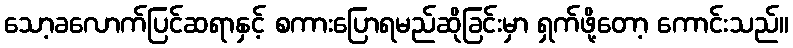
သော့ခလောက်ပြင်ဆရာနှင့် စကားပြောရမည်ဆိုခြင်းမှာ ရှက်ဖို့တော့ ကောင်းသည်။